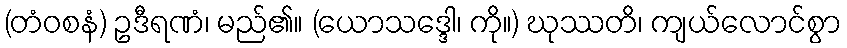
(တံဝစနံ) ဥဒီရဏံ၊ မည်၏။ (ယောသဒ္ဒေါ၊ ကို။) ဃုဿတိ၊ ကျယ်လောင်စွာ